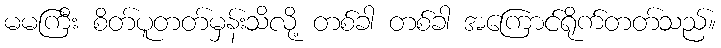
မမကြီး စိတ်ပူတတ်မှန်းသိလို့ တစ်ခါ တစ်ခါ အကြောင်ရိုက်တတ်သည်။